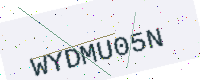
Text: WYDMU05N